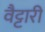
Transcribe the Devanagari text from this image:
वैट्टारी